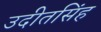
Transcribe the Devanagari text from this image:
उदीतसिंह